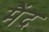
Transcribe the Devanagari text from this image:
मैंद